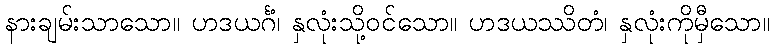
နားချမ်းသာသော။ ဟဒယင်္ဂံ၊ နှလုံးသို့ဝင်သော။ ဟဒယဿိတံ၊ နှလုံးကိုမှီသော။